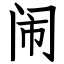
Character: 闹